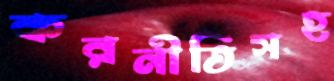
করনীতিসহ